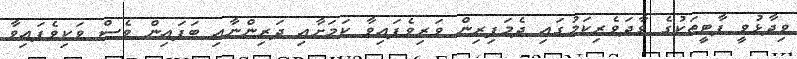
ވިދާޅުވީ ޕާޓީތަކުގެ ވާދަވެރިކަމުގައި ދެމަފިރިން ވަރިވެފައިވާ ކަމަށާއި ދަރިންނާއި ބަފައިން ވެސް ވަކިވެފައިވާ